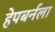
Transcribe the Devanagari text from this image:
हेपबर्नला